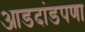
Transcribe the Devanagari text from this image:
आडदांडपणा